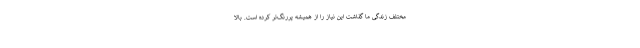
مختلف زندگی ما گذاشت این نیاز را از همیشه پررنگ‌تر کرده است. بالا